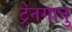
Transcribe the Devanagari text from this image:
ट्रेनगानु